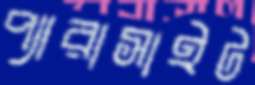
প্যারাসাইট